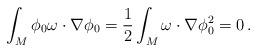
LaTeX: \begin{align*} \int_{M}\phi_{0}\omega\cdot\nabla\phi_{0}=\frac{1}{2}\int_{M}\omega\cdot\nabla\phi_{0}^{2}=0 \,. \end{align*}